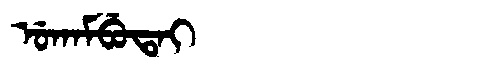
Manchu: ᡠᡴᠠᠮᠪᡠᡨᠠᡳ
Romanization: UKAMBUTAI